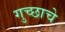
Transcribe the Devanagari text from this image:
गुच्छाचे